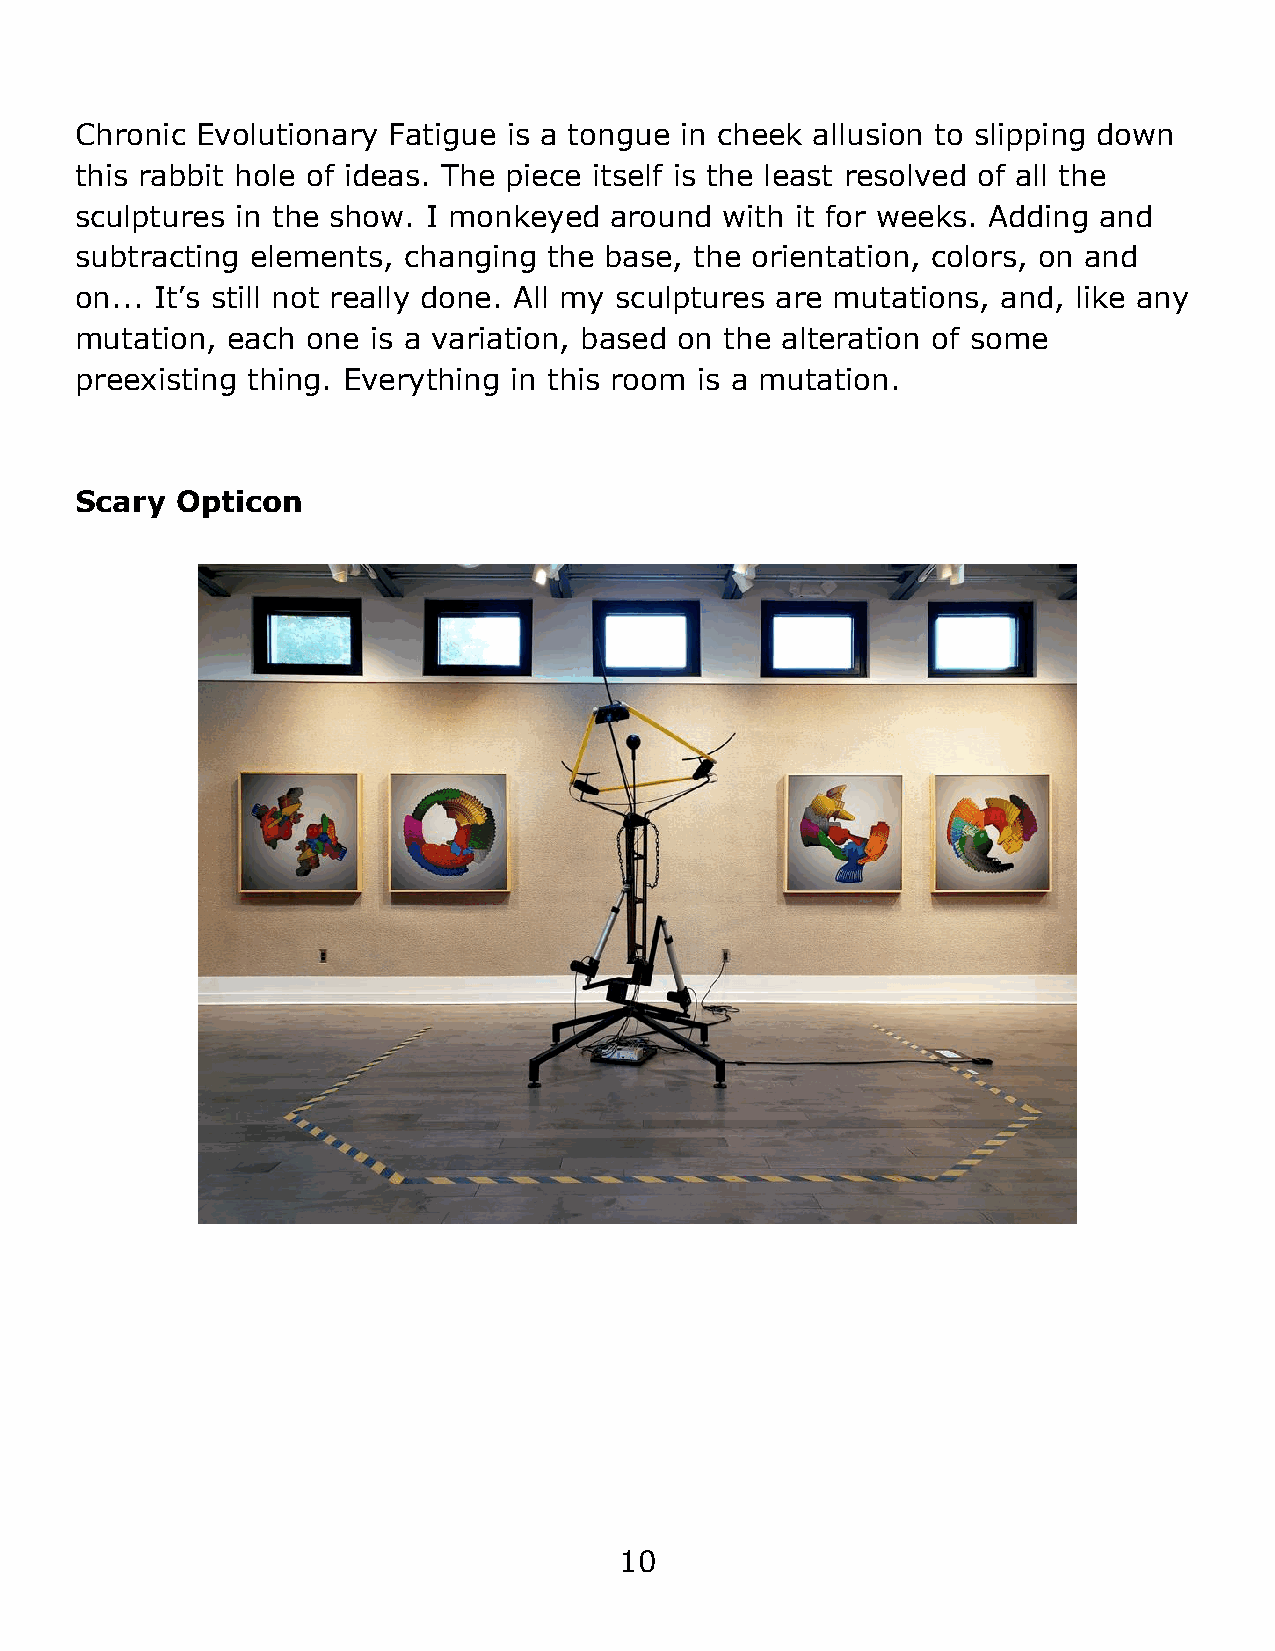
Chronic Evolutionary Fatigue is a tongue in cheek allusion to slipping down
 this rabbit hole of ideas. The piece itself is the least resolved of all the
 sculptures in the show. I monkeyed around  with it for weeks. Adding and
 subtracting elements, changing the base, the orientation, colors, on and
 on... It’s still not really done. All my sculptures are mutations, and, like any
 mutation, each one is a variation, based on the alteration of some
 preexisting thing. Everything in this room is a mutation.
 Scary  Opticon
 10